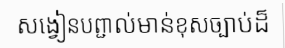
សង្វៀនបព្ជាល់មាន់ខុសច្បាប់ដ៏